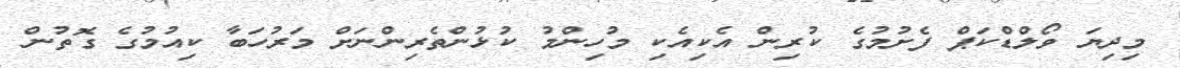
މިދިޔަ ވޯލްޑްކަޕް ފެށުމުގެ ކުރިން އެކިއެކި މުހިންމު ކުޅުންތެރިންނަށް މަރުހަބާ ކިއުމުގެ ގޮތުން